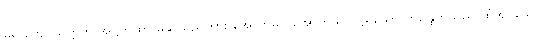
မရှိခြင်း၌ ယုတ္တိကို အဋ္ဌကထာ မဆိုသည်ကား အောက်မဂ် အောက်ဖိုလ် ၌ရှိသော ဣန္ဒြေတို့သည် ထုံအပ်သော